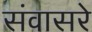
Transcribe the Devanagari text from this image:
संवासरे